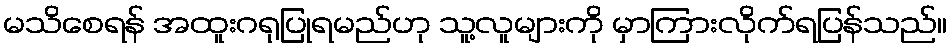
မသိစေရန် အထူးဂရုပြုရမည်ဟု သူ့လူများကို မှာကြားလိုက်ရပြန်သည်။